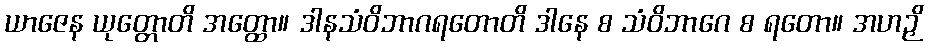
ယာဇေန ယုတ္တောတိ အတ္ထော။ ဒါနသံဝိဘာဂရတောတိ ဒါနေ စ သံဝိဘာဂေ စ ရတော။ အဟဉှိ